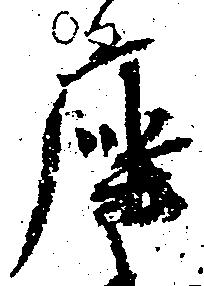
座